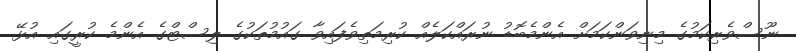
ނޫސްވެރިކަމުގެ މިނިވަންކަމަށް އެންމެބޮޑު ނުރައްކަލެއް ކުރިމަތިވެފައިވާ ގައުމުތަކުގެ ލިސްޓްގެ އެންމެ ކުރީގައި އުޅޭ